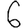
Digit: 6